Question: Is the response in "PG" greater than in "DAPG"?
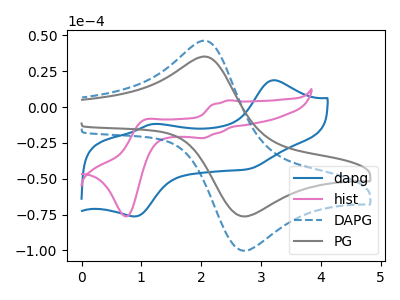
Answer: <think>The blue curve "dapg" has anodic peaks at (3.20V, 18.75uA) (1.20V, -11.90uA) and cathodic peaks at (0.90V, -76.30uA) (2.80V, -43.30uA). The pink curve "hist" has anodic peaks at (2.45V, 4.70uA) (1.05V, -9.00uA) and cathodic peaks at (2.05V, -21.65uA) (0.75V, -76.30uA). The blue dashed curve "DAPG" has an anodic peak at (2.10V, 45.75uA) and a cathodic peak at (2.75V, -100.15uA). The gray curve "PG" has an anodic peak at (2.10V, 34.80uA) and a cathodic peak at (2.75V, -76.20uA).
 All the peaks in "PG" have a peak in "DAPG" at the same potential. Every peak in "PG" is lower than every peak in "DAPG".</think>
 <answer>"PG" has less signal than "DAPG".</answer>
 <eval>less_signal</eval>